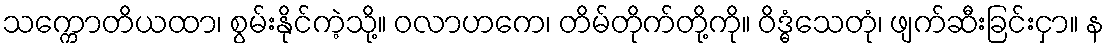
သက္ကောတိယထာ၊ စွမ်းနိုင်ကဲ့သို့။ ဝလာဟကေ၊ တိမ်တိုက်တို့ကို။ ဝိဒ္ဓံသေတုံ၊ ဖျက်ဆီးခြင်းငှာ။ န